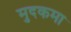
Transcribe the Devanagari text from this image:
मुदकमा